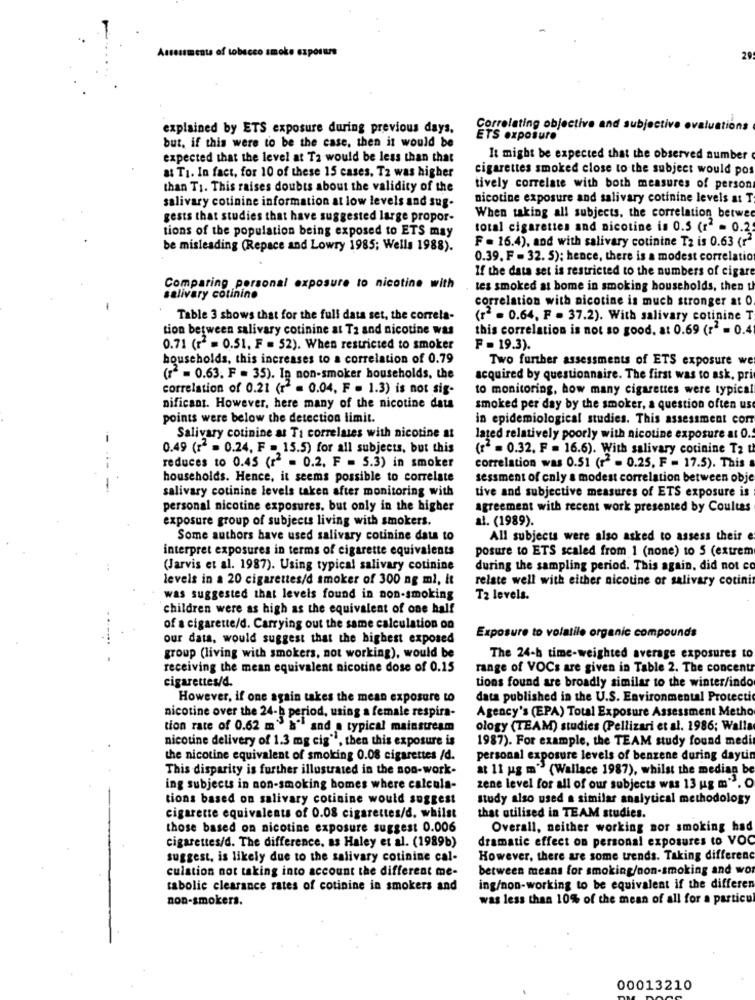
Assessments of tobacco smoke exposure
29
explained by ETS exposure during previous days.
Correlating objective and subjective
valuations
but, if this were to be the case, then it would be
ETS exposure
expected that the level at Ta would be less than that
It might be expected that the observed number
cigarettes smoked close to the subject would pos
at Ti. In fact, for 10 of these 15 cases. Ta was higher
than TI. This raises doubts about the validity of the
tively correlate with both measures of person
salivary cotinine information at low levels and sug-
nicotine exposure and salivary cotinine levels at T
gests that studies that have suggested large propor-
When taking all subjects. the correlation betwee
tions of the population being exposed to ETS may
total cigarettes and nicotine is 0.5 (r2 = 0.2
be misleading (Repace and Lowry 1985; Wells 1988).
F = 16.4), and with salivary cotinine Tz is 0.63 (r2
0.39. F = 32. 5); hence, there is a modest correlatio
If the data set is restricted to the numbers of cigare
Comparing personal exposure to nicotine with
tes smoked at bome in smoking households, then th
salivary cotinino
correlation with nicotine is much stronger at 0.
Table 3 shows that for the full data set, the correla-
(12 = 0.64. F . 37.2). With salivary cotinine T
tion between salivary cotinine at Ta and nicotine was
this correlation is not so good. at 0.69 (r = 0.4
0.71 (12 = 0.51, F = 52). When restricted to smoker
F =19.3).
households, this increases to a correlation of 0.79
Two further assessments of ETS exposure we
(12 = 0.63. F = 35). In non-smoker households, the
acquired by questionnaire. The first was to ask, pri
correlation of 0.21 (12 = 0.04. F = 1.3) is not sig-
to monitoring, how many cigarettes were typical
nificant. However, here many of the nicotine data
smoked per day by the smoker, a question often use
points were below the detection limit.
in epidemiological studies. This assessment com
Salivary cotinine as Ti correlates with nicotine at
lated relatively poorly with nicotine exposure at O.
0.49 (12 = 0.24, F = 15.5) for all subjects, but this
(+2 = 0.32. F = 16.6). With salivary cotinine Tz t
reduces to 0.45 (r2 = 0.2. F = 5.3) in smoker
correlation was 0.51 (12 - 0.25. F = 17.5). This
households. Hence, it seems possible to correlate
sessment of cnly a modest correlation between obje
salivary cotinine levels taken after monitoring with
tive and subjective measures of ETS exposure is
personal nicotine exposures. but only in the higher
agreement with recent work presented by Coultas
exposure group of subjects living with smokers.
al. (1989).
Some authors have used salivary cotinine data to
All subjects were also asked to assess their e
interpret exposures in terms of cigarette equivalents
posure to ETS scaled from 1 (none) to 5 (extrem
(Jarvis et al. 1987). Using typical salivary cotinine
during the sampling period. This again, did not co
levels in a 20 cigarettes/d smoker of 300 ng ml, it
relate well with either nicotine or salivary cotinin
was suggested that levels found in non-smoking
T2 levels.
children were as high as the equivalent of one half
of a cigarette/d. Carrying out the same calculation on
our data, would suggest that the highest exposed
Exposure to volatile organic compounds
group (living with smokers, not working), would be
The 24-b time-weighted average exposures to
receiving the mean equivalent nicotine dose of 0.15
range of VOCs are given in Table 2. The concent
cigarettes/d.
tions found are broadly similar to the winter/indo
However, if one again takes the mean exposure to
data published in the U.S. Environmental Protectic
nicotine over the 24-b period, using a female respira-
Agency's (EPA) Total Exposure Assessment Metho
tion rate of 0.62 m" b" and a typical mainstream
ology (TEAM) studies (Pellizari et al. 1986; Walla
nicotine delivery of 1.3 mg cig", then this exposure is
1987). For example, the TEAM study found medi
the nicotine equivalent of smoking 0.08 cigarettes /d.
personal exposure levels of benzene during daytin
This disparity is further illustrated in the non-work-
at 11 ug m" (Wallace 1987), whilst the median be
ing subjects in non-smoking homes where calcula-
zene level for all of our subjects was 13 ug m" . O
tions based on salivary cotinine would suggest
study also used a similar analytical methodology
cigarette equivalents of 0.08 cigarettes/d. whilst
that utilised in TEAM studies.
those based on nicotine exposure suggest 0.006
Overall, neither working sor smoking had
cigarettes/d. The difference. as Haley et al. (1989b)
dramatic effect on personal exposures to VOC
suggest, is likely due to the salivary cotinine cal-
However, there are some trends. Taking differenc
culation not taking into account the different me-
between means for smoking/non-smoking and wor
tabolic clearance rates of cotinine in smokers and
ing/non-working to be equivalent if the differen
non-smokers.
was less than 10% of the mean of all for a particul
00013210